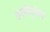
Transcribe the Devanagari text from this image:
हत्तीगुंफा